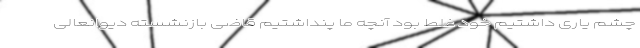
چشم یاری داشتیم خود غلط بود آنچه ما پنداشتیم قاضی بازنشسته دیوانعالی